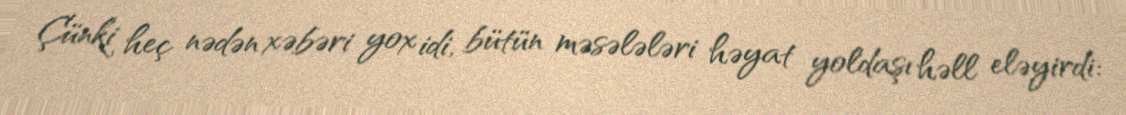
Çünki heç nədən xəbəri yox idi, bütün məsələləri həyat yoldaşı həll eləyirdi: